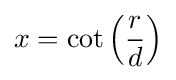
x=\cot \left({\frac {r}{d}}\right)